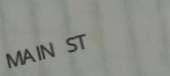
MAIN ST